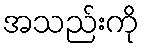
အသည်းကို